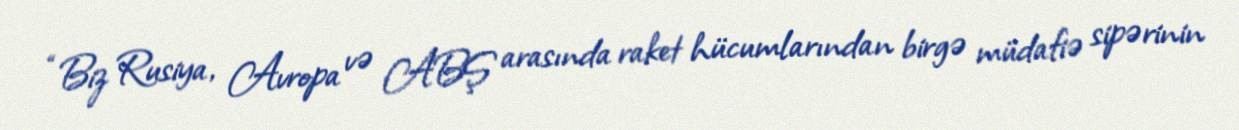
“Biz Rusiya, Avropa və ABŞ arasında raket hücumlarından birgə müdafiə sipərinin